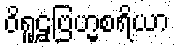
ဝိရူဠှဗြဟ္မစရိယာ